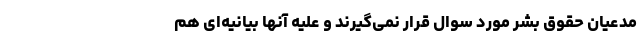
مدعیان حقوق بشر مورد سوال قرار نمی‌گیرند و علیه آنها بیانیه‌ای هم